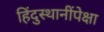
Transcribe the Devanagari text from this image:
हिंदुस्थानींपेक्षा